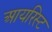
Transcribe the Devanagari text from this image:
आयरिस्ट